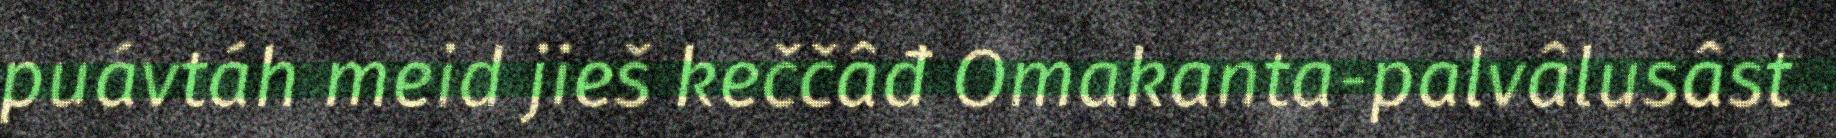
puávtáh meid jieš keččâđ Omakanta-palvâlusâst